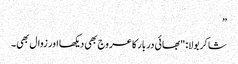
”
شاکر بولا: "بھائی دربار کا عروج بھی دیکھا اور زوال بھی۔